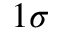
1 \sigma